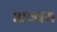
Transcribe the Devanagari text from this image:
अव्वय